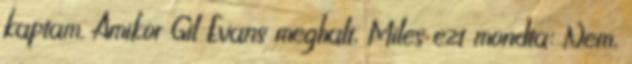
kaptam. Amikor Gil Evans meghalt, Miles ezt mondta: Nem,